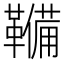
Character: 𮧫